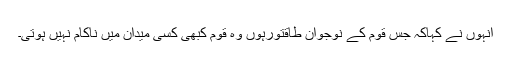
انہوں نے کہاکہ جس قوم کے نوجوان طاقتورہوں وہ قوم کبھی کسی میدان میں ناکام نہیں ہوتی۔